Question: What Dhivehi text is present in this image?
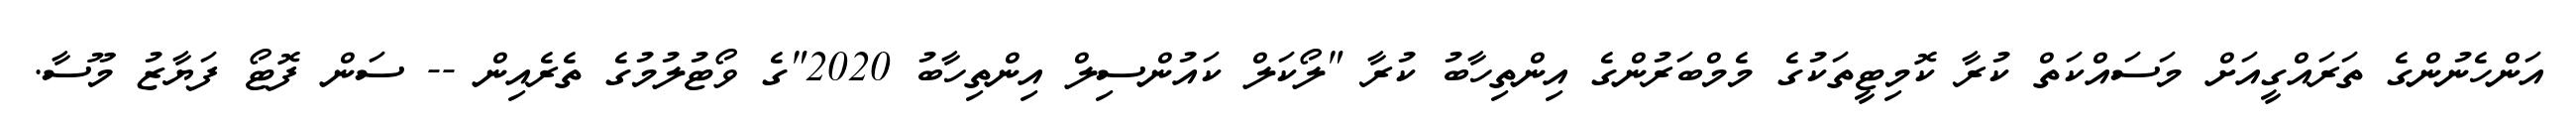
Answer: އަންހެނުންގެ ތަރައްގީއަށް މަސައްކަތް ކުރާ ކޮމިޓީތަކުގެ މެމްބަރުންގެ އިންތިހާބު ކުރާ "ލޯކަލް ކައުންސިލް އިންތިހާބު 2020"ގެ ވޯޓުލުމުގެ ތެރެއިން -- ސަން ފޮޓޯ ފަޔާޒު މޫސާ.